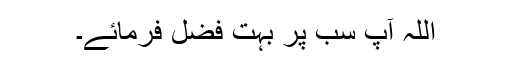
اللہ آپ سب پر بہت فضل فرمائے۔